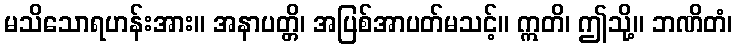
မသိသောရဟန်းအား။ အနာပတ္တိ၊ အပြစ်အာပတ်မသင့်။ ဣတိ၊ ဤသို့။ ဘဏိတံ၊